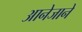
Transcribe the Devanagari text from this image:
आनेजाने